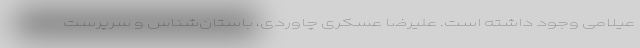
عیلامی وجود داشته است. علیرضا عسکری چاوردی، باستان‌شناس و سرپرست